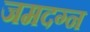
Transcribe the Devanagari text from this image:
जमदग्न